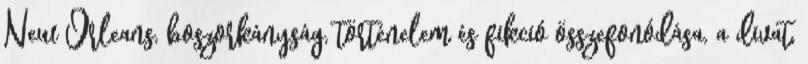
New Orleans, boszorkányság, történelem és fikció összefonódása, a divat,